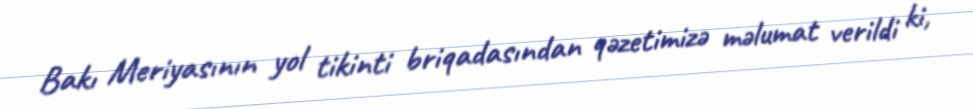
Bakı Meriyasının yol tikinti briqadasından qəzetimizə məlumat verildi ki,